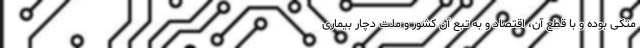
متکی بوده و با قطع آن، اقتصاد و به تبع آن کشور و ملت دچار بیماری